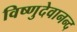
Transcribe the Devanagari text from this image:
विष्णुदेवानन्द